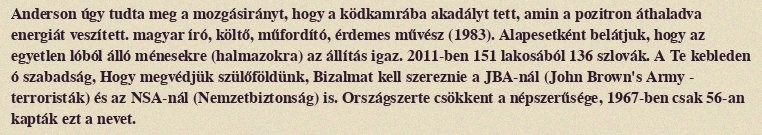
Anderson úgy tudta meg a mozgásirányt, hogy a ködkamrába akadályt tett, amin a pozitron áthaladva energiát veszített. magyar író, költő, műfordító, érdemes művész (1983). Alapesetként belátjuk, hogy az egyetlen lóból álló ménesekre (halmazokra) az állítás igaz. 2011-ben 151 lakosából 136 szlovák. A Te kebleden ó szabadság, Hogy megvédjük szülőföldünk, Bizalmat kell szereznie a JBA-nál (John Brown's Army - terroristák) és az NSA-nál (Nemzetbiztonság) is. Országszerte csökkent a népszerűsége, 1967-ben csak 56-an kapták ezt a nevet.